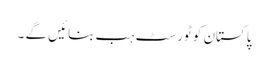
پاکستان کو ٹورسٹ ہب بنائیں گے ۔